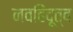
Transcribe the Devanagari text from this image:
नवहिंदूत्व